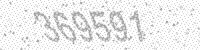
Solution: 369591